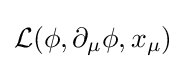
{\mathcal {L}}(\phi ,\partial _{\mu }\phi ,x_{\mu })